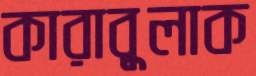
কারাবুলাক